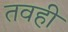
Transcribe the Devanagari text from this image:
तवही